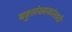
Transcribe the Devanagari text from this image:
बहुसंख्यकांसाठी